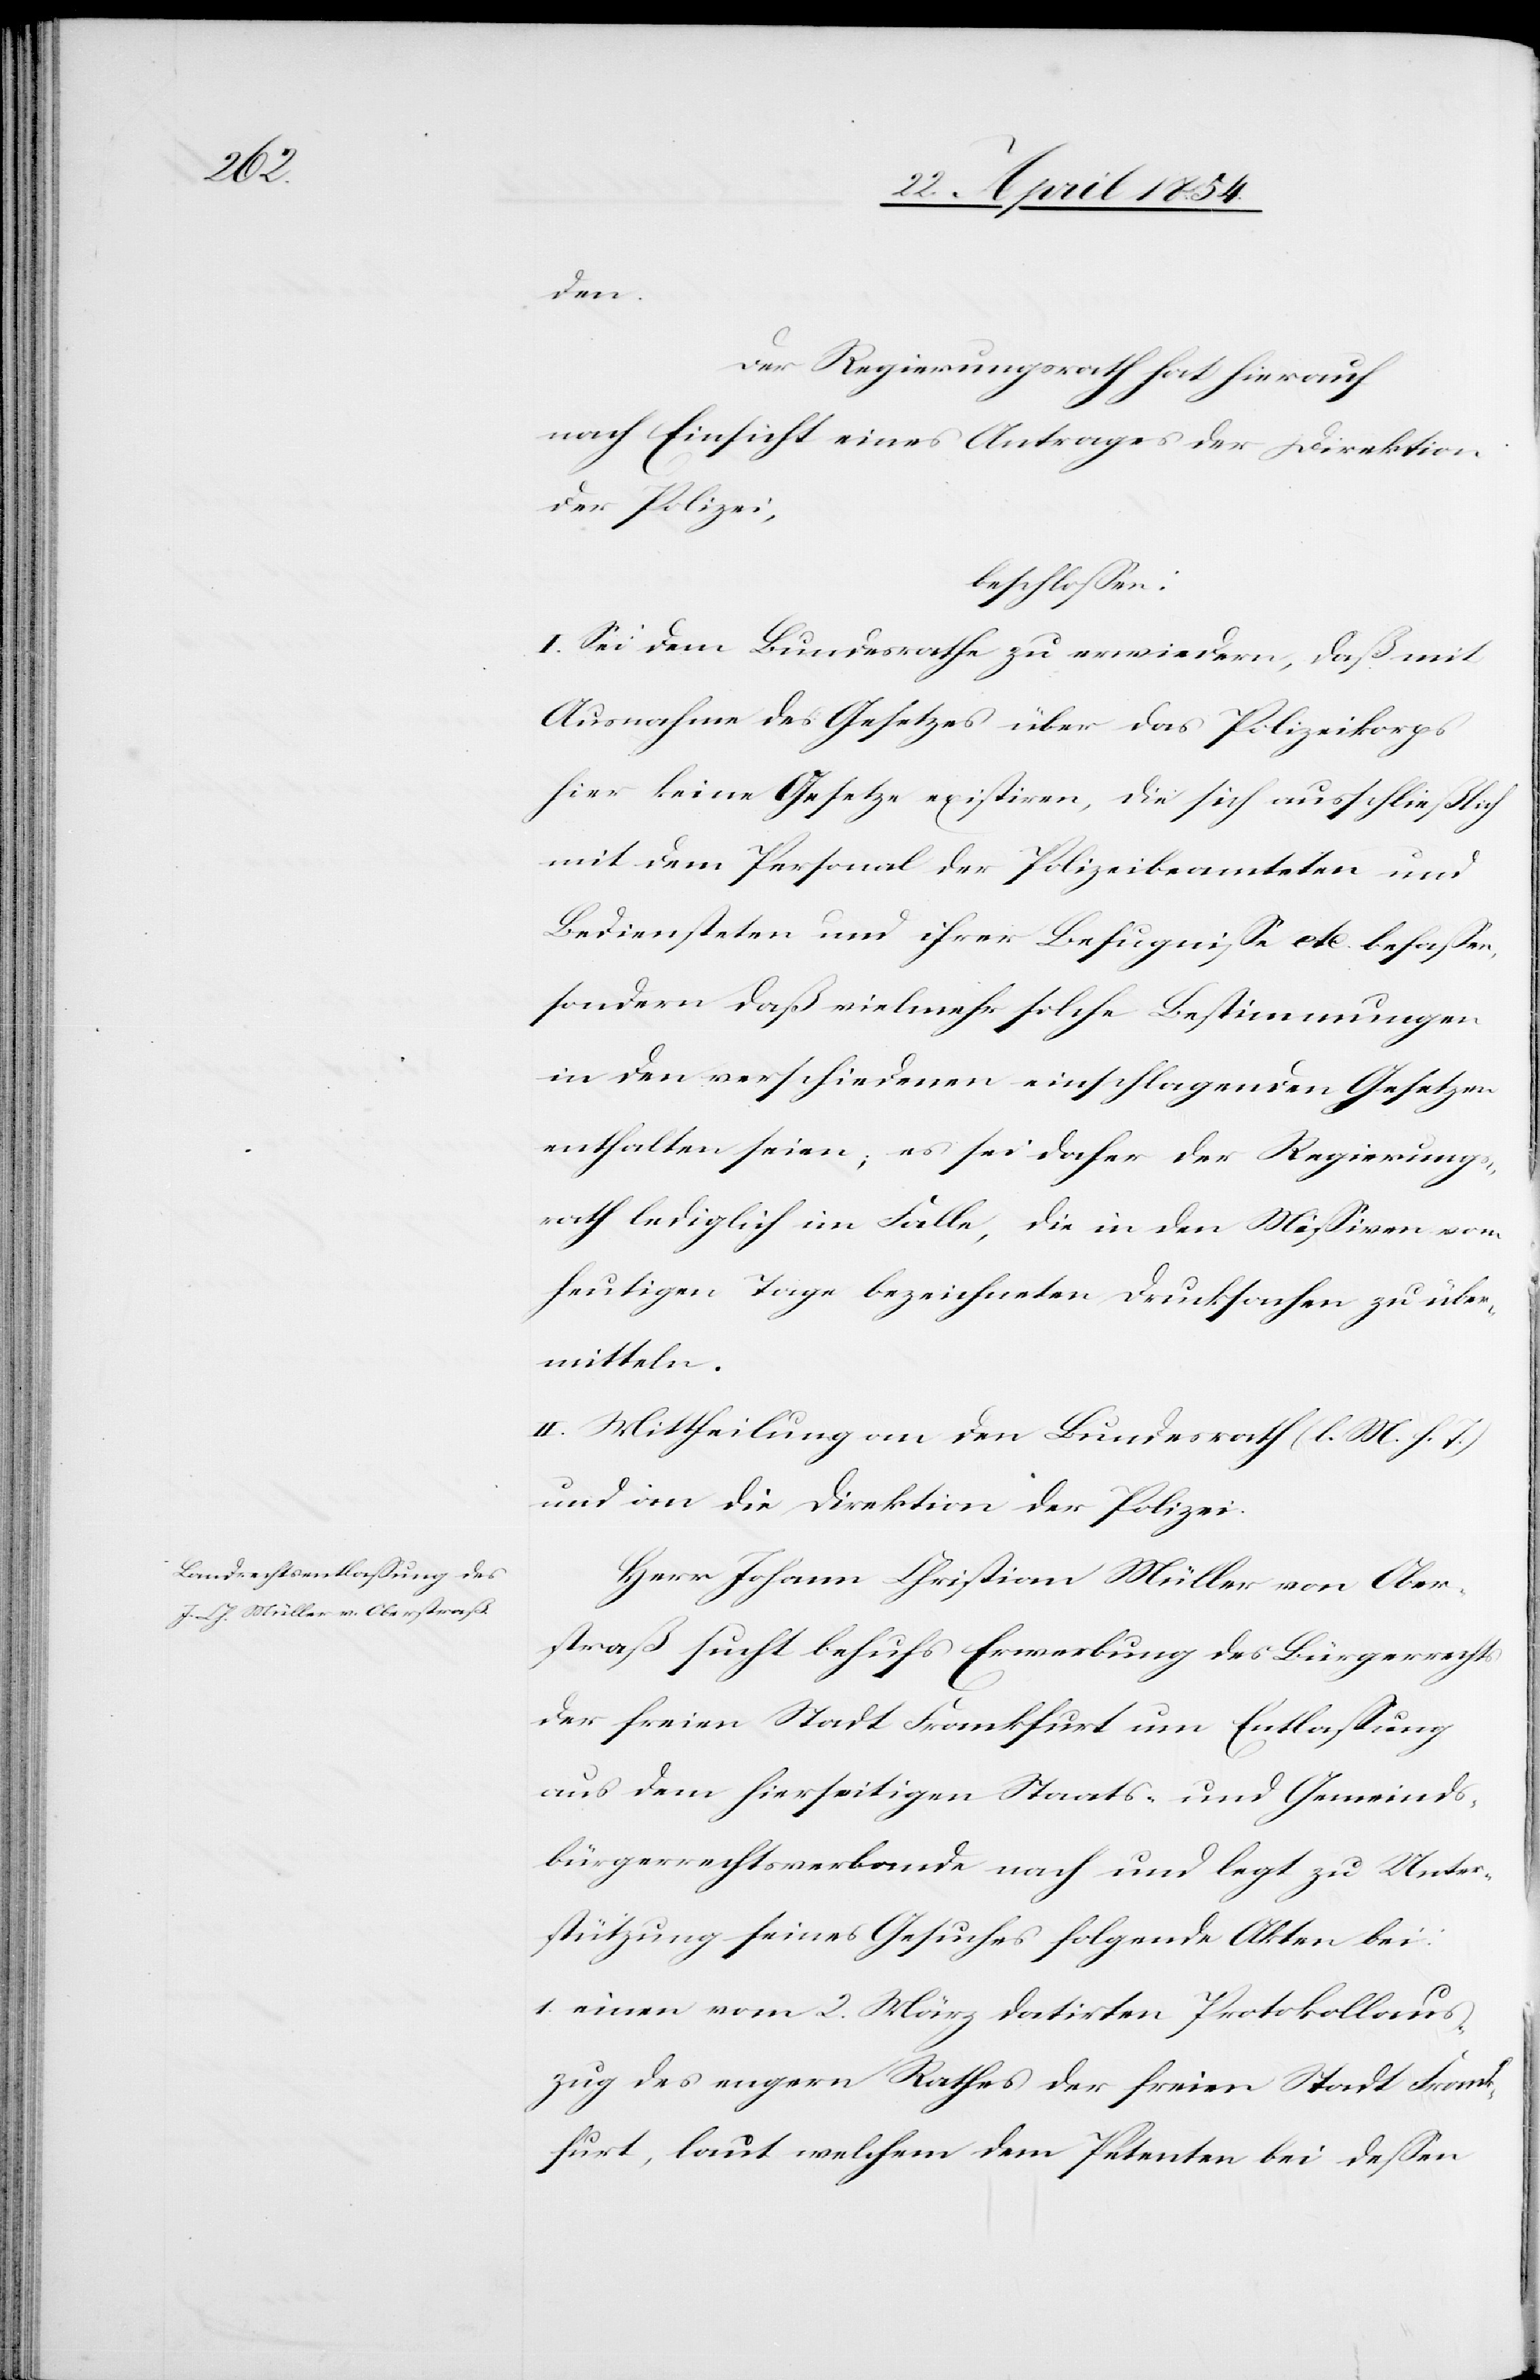
den.
Der Regierungsrath hat hierauf
nach Einsicht eines Antrages der Direktion
der Polizei,
beschloßen:
I. Sei dem Bundesrathe zu erwiedern, daß mit
Ausnahme des Gesetzes über das Polizeikorps
hier keine Gesetze existiren, die sich ausschließlich
mit dem Personal der Polizeibeamteten und
Bediensteten und ihrer Befugniße etc. befaßen,
sondern daß vielmehr solche Bestimmungen
in den verschiedenen einschlagenden Gesetzen
enthalten seien; es sei daher der Regierungs¬
rath lediglich im Falle, die in den Mißiven vom
heutigen Tage bezeichneten Drucksachen zu über¬
mitteln.
Herr Johann Christian Müller von Ober¬
straß sucht behufs Erwerbung des Bürgerrechts
der freien Stadt Frankfurt um Entlaßung
aus dem hierseitigen Staats- und Gemeinds¬
bürgerrechtsverbande nach und legt zu Unter¬
stützung seines Gesuches folgende Akten bei:
1. einen vom 2. März datirten Protokollaus¬
zug des engern Rathes der freien Stadt Frank¬
furt, laut welchem dem Petenten bei deßen